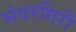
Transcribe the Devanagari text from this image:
भंवरगिरी